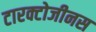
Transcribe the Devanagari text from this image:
टारक्टोजीनस